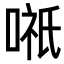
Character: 𭉌